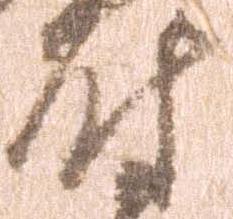
尉